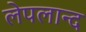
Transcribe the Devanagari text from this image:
लेपलान्द